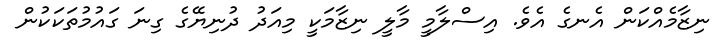
ނިޒާމެއްކަން އެނގެ އެވެ. އިސްލާމީ މާލީ ނިޒާމަކީ މިއަދު ދުނިޔޭގެ ގިނަ ގައުމުތަކަކުން